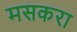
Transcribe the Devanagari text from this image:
मसकरा